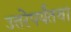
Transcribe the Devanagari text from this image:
उत्तरेपर्यंतचा